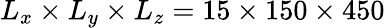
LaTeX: L_{x}\times L_{y}\times L_{z}=15\times 150\times 450